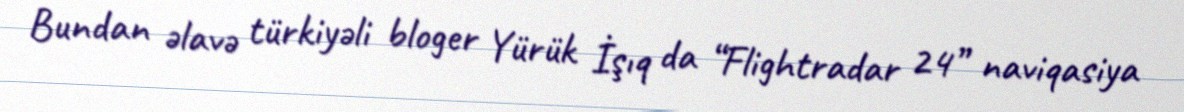
Bundan əlavə türkiyəli bloger Yürük İşıq da “Flightradar 24” naviqasiya